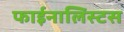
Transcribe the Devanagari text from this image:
फाईनालिस्टस